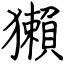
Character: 獺